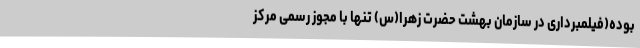
بوده(فیلمبرداری در سازمان بهشت حضرت زهرا(س) تنها با مجوز رسمی مرکز